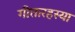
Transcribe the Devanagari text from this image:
गीतारहस्या